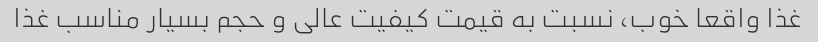
غذا واقعا خوب، نسبت به قیمت کیفیت عالی و حجم بسیار مناسب غذا